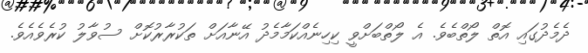
ދެމެދުގައި އޮތް ލޯތްބެވެ. އެ ލޯތްބަށްވީ ކިހިނެއްކަމާމެދު އޭނާއަށް ތަކުރާރުކޮށް ސުވާލު ކުރެވެއެވެ.